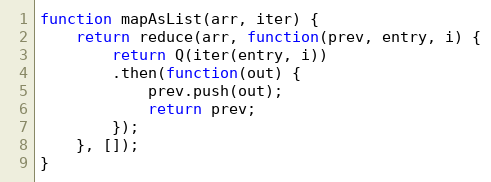
Language: JavaScript
function mapAsList(arr, iter) {
    return reduce(arr, function(prev, entry, i) {
        return Q(iter(entry, i))
        .then(function(out) {
            prev.push(out);
            return prev;
        });
    }, []);
}